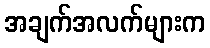
အချက်အလက်များက